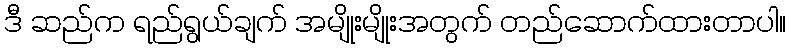
ဒီ ဆည်က ရည်ရွယ်ချက် အမျိုးမျိုးအတွက် တည်ဆောက်ထားတာပါ။